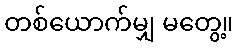
တစ်ယောက်မျှ မတွေ့။